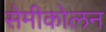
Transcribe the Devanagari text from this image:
सेमीकोलन